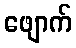
ဖျောက်